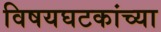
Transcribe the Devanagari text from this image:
विषयघटकांच्या